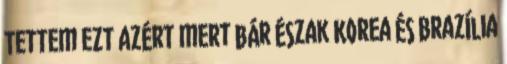
Tettem ezt azért mert bár Észak Korea és Brazília